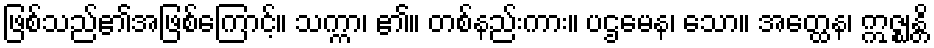
ဖြစ်သည်၏အဖြစ်ကြောင့်။ သက္ကာ၊ ၏။ တစ်နည်းကား။ ပဌမေန၊ သော။ အတ္ထေန၊ ဣဇ္ဈန္တိ